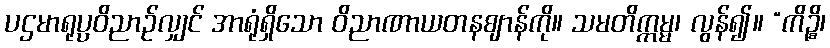
ပဌမာရုပ္ပဝိညာဉ်လျှင် အာရုံရှိသော ဝိညာဏာယတနဈာန်ကို။ သမတိက္ကမ္မ၊ လွန်၍။ “ကိဉ္စိ၊